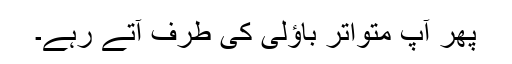
پھر آپ متواتر باؤلی کی طرف آتے رہے۔